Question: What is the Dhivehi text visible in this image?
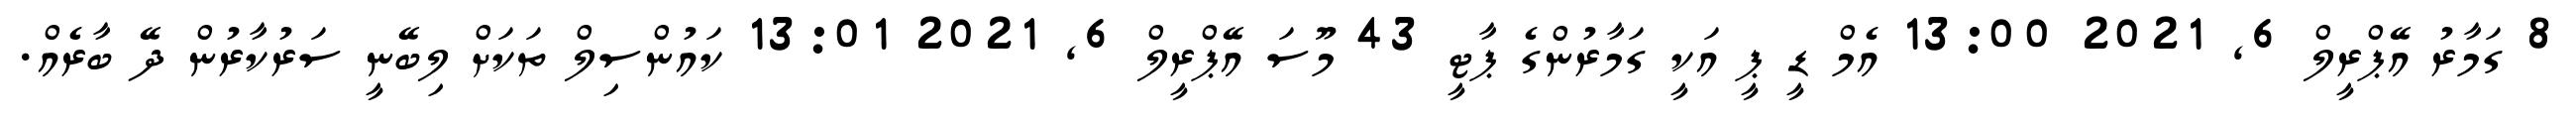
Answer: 8 ގަމާރު އޭޕްރީލް 6, 2021 13:00 އެމް ޑީ ޕީ އަކީ ގަމާރުންގެ ޕާޓީ 43 މޫސަ އޭޕްރީލް 6, 2021 13:01 ކައުންސިލް ތަކަށް ލިބޭނީ ސަރުކާރުން ދޭ ބާރެއް.